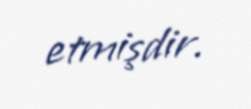
etmişdir.